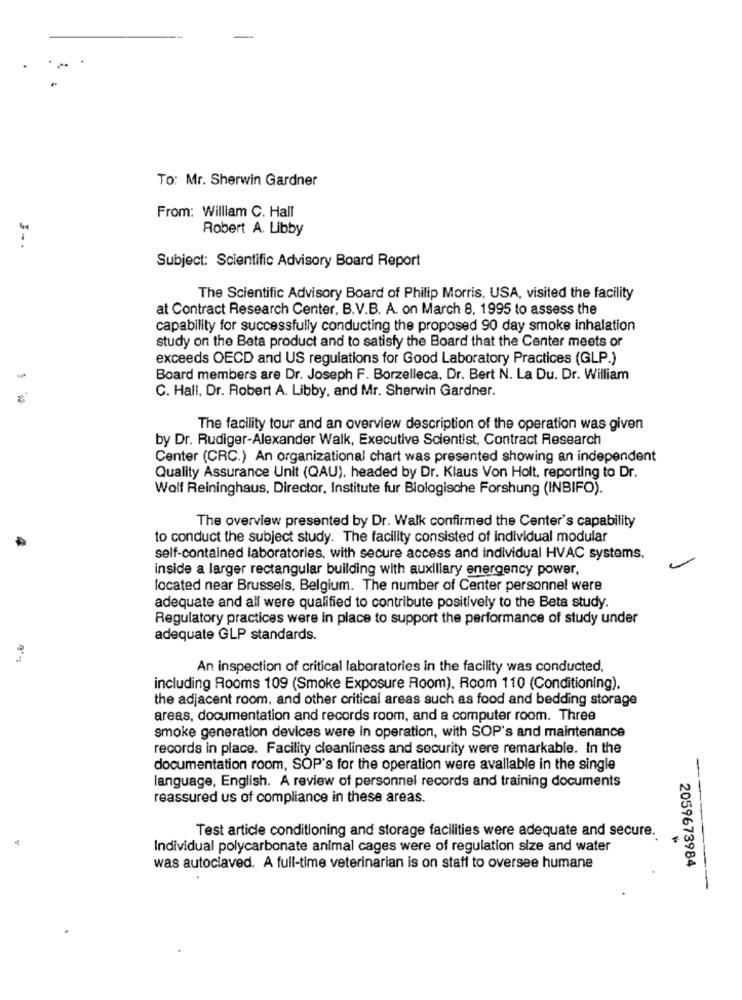
To: Mr. Sherwin Gardner
From: William C. Hall
Robert A. Libby
Subject: Scientific Advisory Board Report
The Scientific Advisory Board of Philip Morris, USA, visited the facility
at Contract Research Center, B.V.B. A. on March 8. 1995 to assess the
capability for successfully conducting the proposed 90 day smoke inhalation
study on the Beta product and to satisfy the Board that the Center meets or
exceeds OECD and US regulations for Good Laboratory Practices (GLP.)
-
Board members are Dr. Joseph F. Borzelleca. Dr. Bert N. La Du. Dr. William
C. Hall, Dr. Robert A. Libby, and Mr. Sherwin Gardner.
The facility tour and an overview description of the operation was given
by Dr. Rudiger-Alexander Walk, Executive Scientist, Contract Research
Center (CRC.) An organizational chart was presented showing an independent
Quality Assurance Unit (QAU), headed by Dr. Klaus Von Holt, reporting to Dr.
Wolf Reininghaus, Director, Institute fur Biologische Forshung (INBIFO).
The overview presented by Dr. Walk confirmed the Center's capability
to conduct the subject study. The facility consisted of individual modular
self-contained laboratories, with secure access and individual HVAC systems.
inside a larger rectangular building with auxiliary energency power,
located near Brussels, Belgium. The number of Center personnel were
adequate and all were qualified to contribute positively to the Beta study.
Regulatory practices were in place to support the performance of study under
adequate GLP standards.
An inspection of critical laboratories in the facility was conducted,
including Rooms 109 (Smoke Exposure Room). Room 110 (Conditioning).
the adjacent room, and other critical areas such as food and bedding storage
areas, documentation and records room, and a computer room. Three
smoke generation devices were in operation, with SOP's and maintenance
records in place. Facility cleanliness and security were remarkable. In the
documentation room, SOP's for the operation were avallable in the single
language, English. A review of personnel records and training documents
reassured us of compliance in these areas.
Test article conditioning and storage facilities were adequate and secure.
Individual polycarbonate animal cages were of regulation size and water
was autociaved. A full-time veterinarian is on staff to oversee humane
2059673984